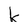
Character: k